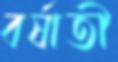
বর্ষাতী